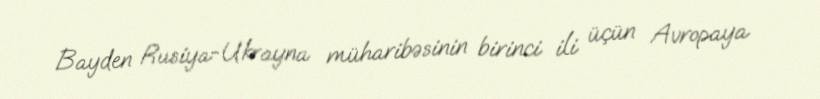
Bayden Rusiya-Ukrayna müharibəsinin birinci ili üçün Avropaya